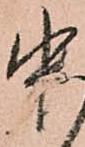
中